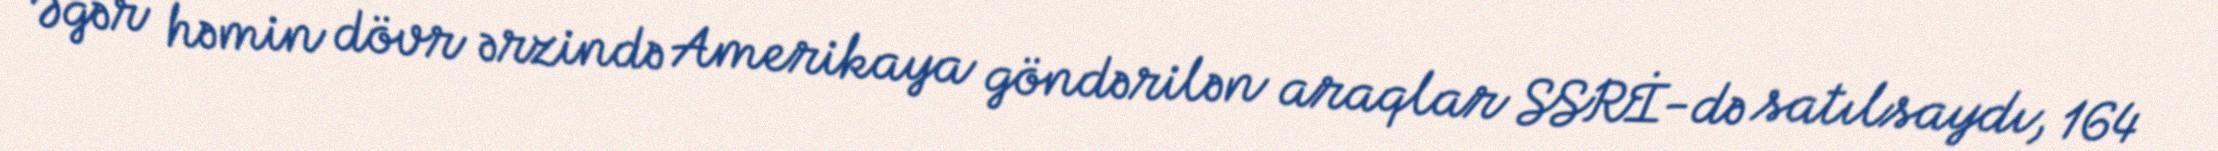
Əgər həmin dövr ərzində Amerikaya göndərilən araqlar SSRİ-də satılsaydı, 164